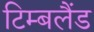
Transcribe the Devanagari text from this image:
टिम्बलैंड